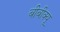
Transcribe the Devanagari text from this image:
बीबीक्यू